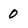
Character: 0